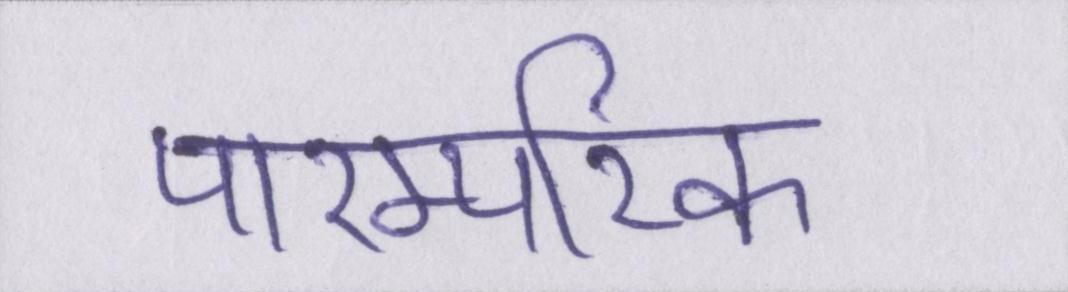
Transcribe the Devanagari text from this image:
पारम्परिक